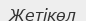
Жетікөл